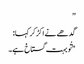
”
گدھے نے اکڑ کر کہا:
"تُو بہت گستاخ ہے۔